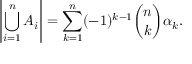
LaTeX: \left| \bigcup _ { i = 1 } ^ { n } A _ { i } \right| = \sum _ { k = 1 } ^ { n } ( - 1 ) ^ { k - 1 } { \binom { n } { k } } \alpha _ { k } .